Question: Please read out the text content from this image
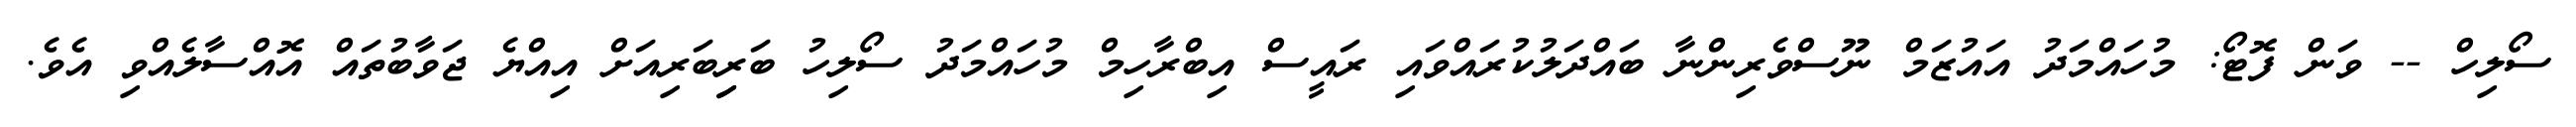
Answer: ސޯލިހް -- ވަން ފޮޓޯ: މުހައްމަދު އައުޒަމް ނޫސްވެރިންނާ ބައްދަލުކުރައްވައި ރައީސް އިބްރާހިމް މުހައްމަދު ސޯލިހު ބަރިިބަރިއަށް އިއްޔެ ޖަވާބުތައް އޮއްސާލެއްވި އެވެ.